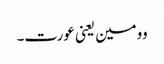
وومین یعنی عورت۔